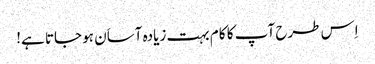
اِس طرح آپ کا کا م بہت زیادہ آساَن ہو جاتا ہے!